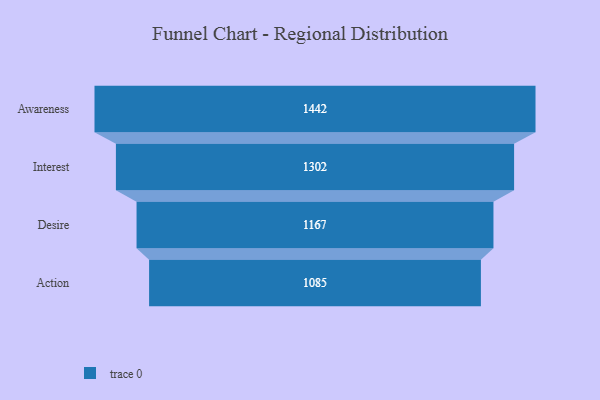
{"axis": {"x": "Stage", "y": "Value"}, "legend": [""], "data": [{"x": "Awareness", "y": 1442.0, "type": ""}, {"x": "Interest", "y": 1302.0, "type": ""}, {"x": "Desire", "y": 1167.0, "type": ""}, {"x": "Action", "y": 1085.0, "type": ""}]}